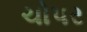
ચોપર